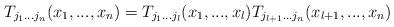
LaTeX: \begin{align*}T_{j_{1}...j_{n}}(x_{1},...,x_{n})=T_{j_{1}...j_{l}}(x_{1},...,x_{l})T_{j_{l+1}...j_{n}}(x_{l+1},...,x_{n})\end{align*}